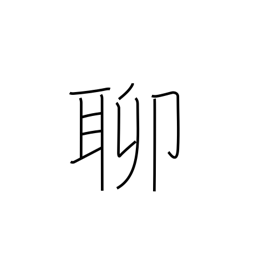
Meaning: slightly